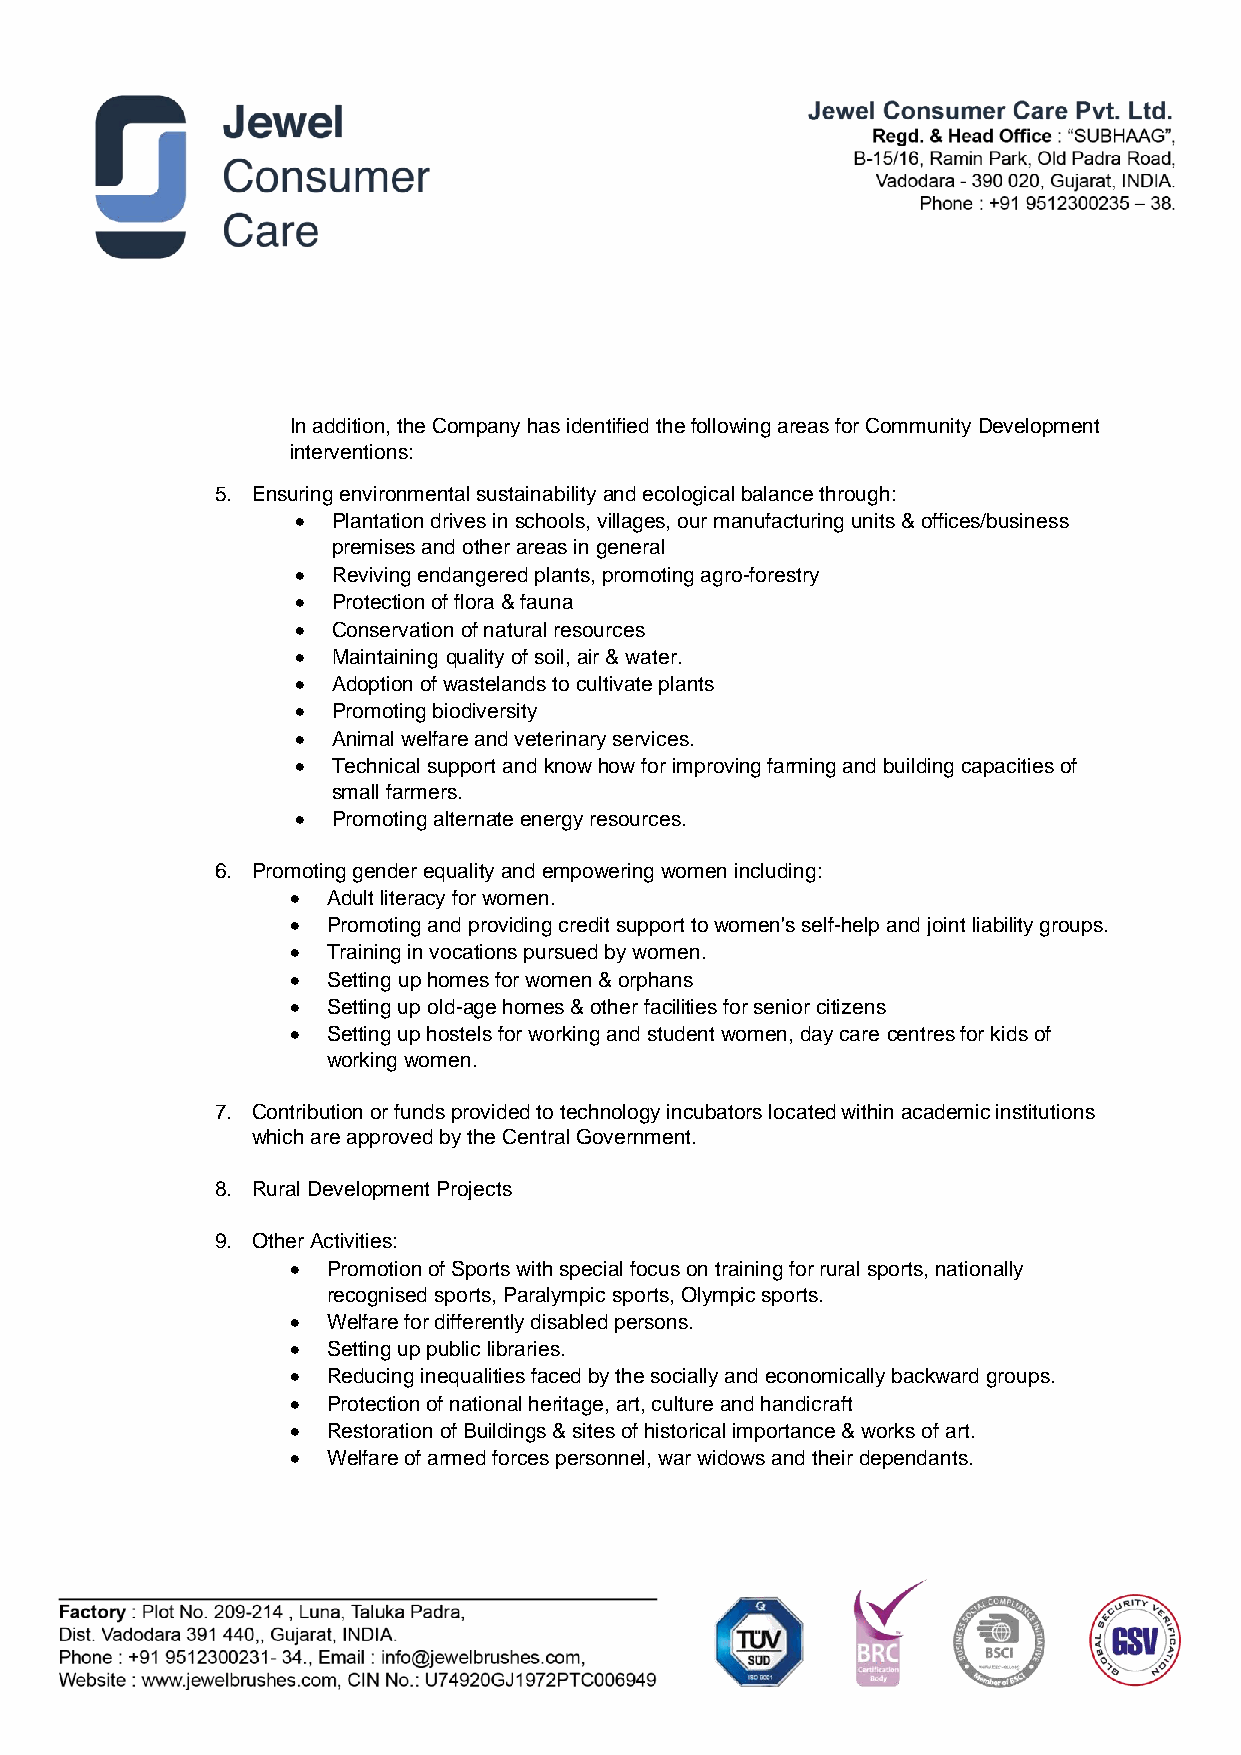
In addition, the Company has identified the following areas for Community Development
 interventions:
 5. Ensuring environmental sustainability and ecological balance through:
  Plantation drives in schools, villages, our manufacturing units & offices/business
 premises and other areas in general
  Reviving endangered plants, promoting agro-forestry
  Protection of flora & fauna
  Conservation of natural resources
  Maintaining quality of soil, air & water.
  Adoption of wastelands to cultivate plants
  Promoting biodiversity
  Animal welfare and veterinary services.
  Technical support and know how for improving farming and building capacities of
 small farmers.
  Promoting alternate energy resources.
 6. Promoting gender equality and empowering women including:
   Adult literacy for women.
   Promoting and providing credit support to women's self-help and joint liability groups.
   Training in vocations pursued by women.
   Setting up homes for women & orphans
   Setting up old-age homes & other facilities for senior citizens
   Setting up hostels for working and student women, day care centres for kids of
 working women.
 7. Contribution or funds provided to technology incubators located within academic institutions
 which are approved by the Central Government.
 8. Rural Development Projects
 9. Other Activities:
   Promotion of Sports with special focus on training for rural sports, nationally
 recognised sports, Paralympic sports, Olympic sports.
   Welfare for differently disabled persons.
   Setting up public libraries.
   Reducing inequalities faced by the socially and economically backward groups.
   Protection of national heritage, art, culture and handicraft
   Restoration of Buildings & sites of historical importance & works of art.
   Welfare of armed forces personnel, war widows and their dependants.